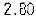
2.80